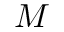
M